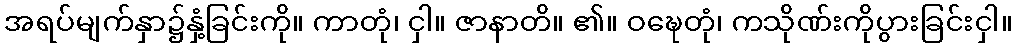
အရပ်မျက်နှာ၌နှံ့ခြင်းကို။ ကာတုံ၊ ငှါ။ ဇာနာတိ။ ၏။ ဝဍ္ဎေတုံ၊ ကသိုဏ်းကိုပွားခြင်းငှါ။